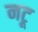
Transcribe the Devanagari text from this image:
नटू